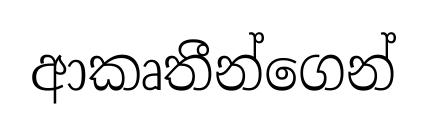
ආකෘතීන්ගෙන්